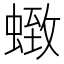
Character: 𮔩